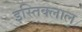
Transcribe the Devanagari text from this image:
इस्तिक्लाल